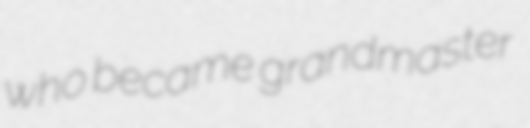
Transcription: who became grandmaster